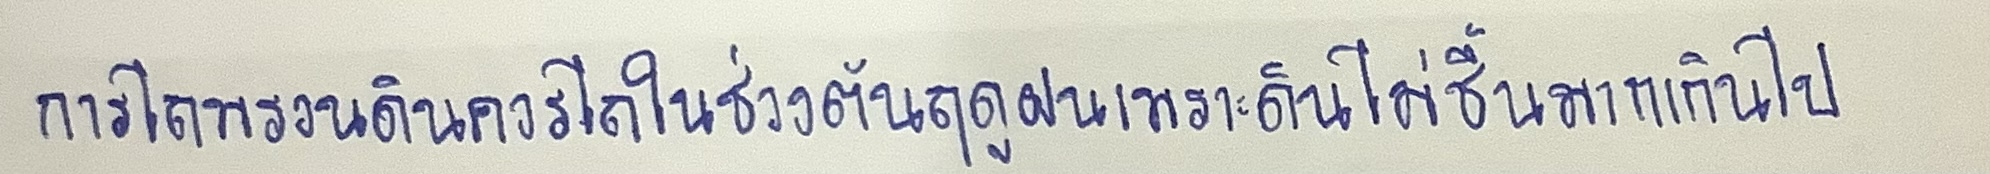
การไถพรวนดินควรไถในช่วงต้นฤดูฝนเพราะดินไม่ชื้นมากเกินไป